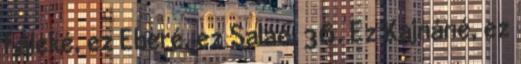
Fáleké, ez Eberé, ez Saláé, 36. Ez Kajnáné, ez